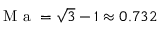
\mathrm { ~ M ~ a ~ } = \sqrt { 3 } - 1 \approx 0 . 7 3 2